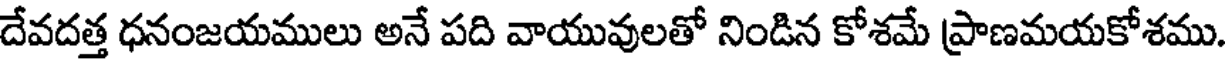
దేవదత్త ధనంజయములు అనే పది వాయువులతో నిండిన కోశమే ప్రాణమయకోశము.